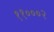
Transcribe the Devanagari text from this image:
११०००२